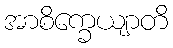
အာစိက္ခေယျာတိ